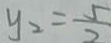
y _ { 2 } = \frac { 5 } { 2 }